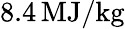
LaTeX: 8.4\, \mathrm{MJ/kg}